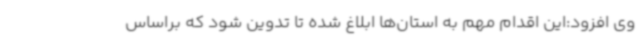
وی افزود:این اقدام مهم به استان‌ها ابلاغ شده تا تدوین شود که براساس